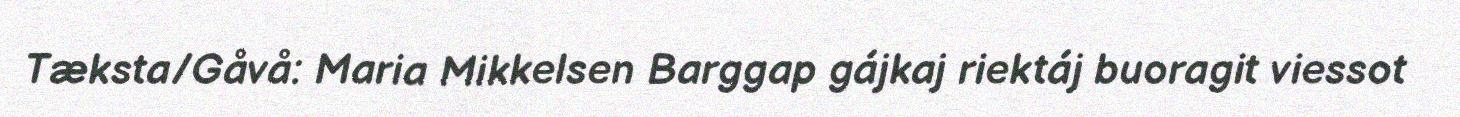
Tæksta/Gåvå: Maria Mikkelsen Barggap gájkaj riektáj buoragit viessot